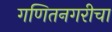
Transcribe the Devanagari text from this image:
गणितनगरीचा